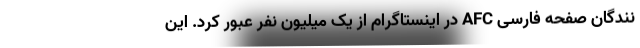
نندگان صفحه فارسی AFC در اینستاگرام از یک میلیون نفر عبور کرد. این